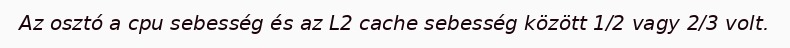
Az osztó a cpu sebesség és az L2 cache sebesség között 1/2 vagy 2/3 volt.